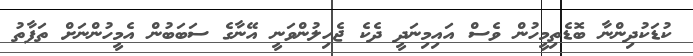
ކުޑަކުދިންނާ ބޮޑެތިމީހުން ވެސް އައިމިނަދީ ދެކެ ޖެހިލުންވަނީ އޭނާގެ ސަބަބުން އެމީހުންނަށް ތަފާތު